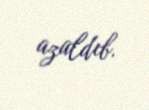
azaldıb.